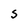
Character: S